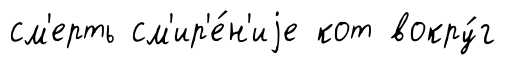
см'ерть см'ир'е́н'иjе кот вокру́г